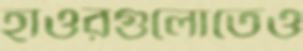
হাওরগুলোতেও